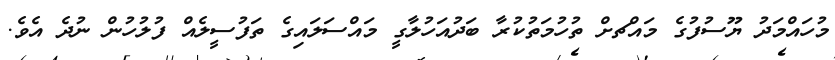
މުހައްމަދު ޔޫސުފުގެ މައްޗށް ތުހުމަތުކުރާ ބަދުއަހުލާގީ މައްސަލައިގެ ތަފުސީލެއް ފުުލުހުން ނުދެ އެވެ.